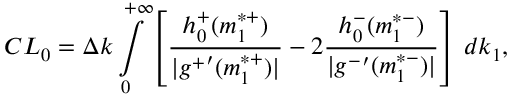
C L _ { 0 } = \Delta k \int _ { 0 } \displaylimits ^ { + \infty } \left[ \frac { h _ { 0 } ^ { + } ( m _ { 1 } ^ { * + } ) } { | { g ^ { + } } ^ { \prime } ( m _ { 1 } ^ { * + } ) | } - 2 \frac { h _ { 0 } ^ { - } ( m _ { 1 } ^ { * - } ) } { | { g ^ { - } } ^ { \prime } ( m _ { 1 } ^ { * - } ) | } \right] \, d k _ { 1 } ,